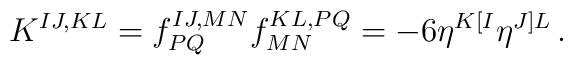
K^{IJ,KL}=f^{IJ,MN}_{PQ}f^{KL,PQ}_{MN}=-6\eta^{K[I}\eta^{J]L}\,.